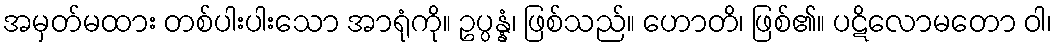
အမှတ်မထား တစ်ပါးပါးသော အာရုံကို။ ဥပ္ပန္နံ၊ ဖြစ်သည်။ ဟောတိ၊ ဖြစ်၏။ ပဋိလောမတော ဝါ၊